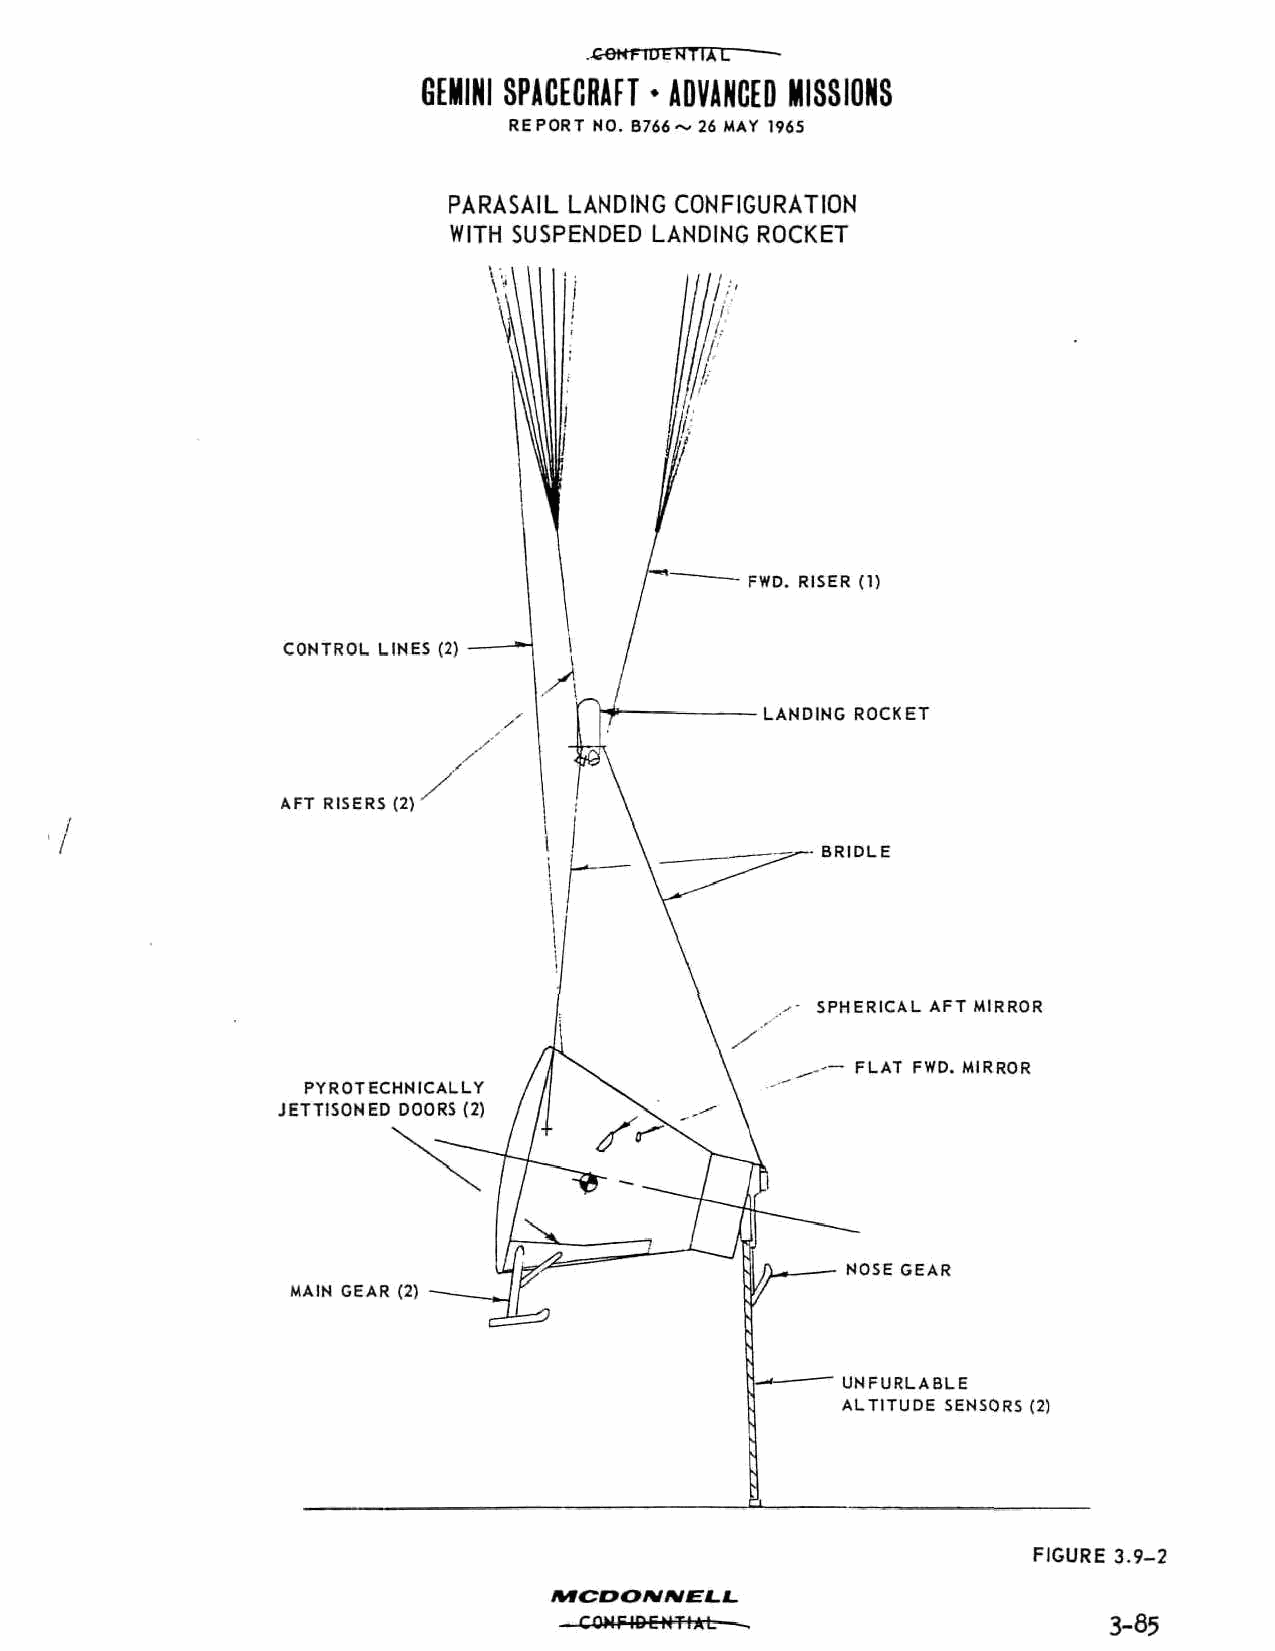
.teHTlUbNTIAL
 GEMINI SPACECRAFT * ADVANCED MISSIONS
 REPORT NO. B766~ 26 MAY 1965
 PARASAIL LANDING CONFIGURATION
 WITH SUSPENDED LANDING ROCKET
 FWD. RISER (1)
 CONTROL LINES (2)
 LANDING ROCKET
 AFT RISERS (2)
 ->—- BRIDLE
 SPHERICAL AFT MIRROR
 FLAT FWD. MIRROR
 PYROTECHNICALLY
 JETTISONED DOORS (2)
 NOSE GEAR
 MAIN GEAR (2)
 UNFURLABLE
 ALTITUDE SENSORS (2)
 FIGURE 3.9-2
 MCDOMMELL.